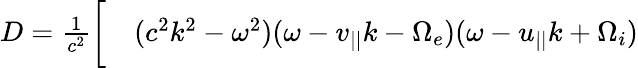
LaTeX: \begin{array}{rl}{D=\frac{1}{c^{2}}\bigg[}&{{}(c^{2}k^{2}-\omega^{2})(\omega-v_{||}k-\Omega_{e})(\omega-u_{||}k+\Omega_{i})}\end{array}